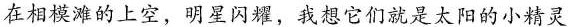
在相模滩的上空，明星闪耀，我想它们就是太阳的小精灵